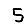
Digit: 5